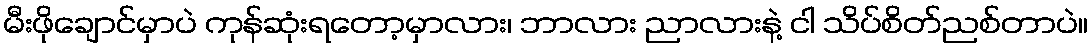
မီးဖိုချောင်မှာပဲ ကုန်ဆုံးရတော့မှာလား၊ ဘာလား ညာလားနဲ့ ငါ သိပ်စိတ်ညစ်တာပဲ။